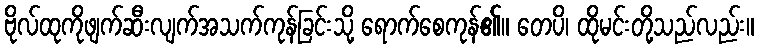
ဗိုလ်ထုကိုဖျက်ဆီးလျက်အသက်ကုန်ခြင်းသို့ ရောက်စေကုန်၏။ တေပိ၊ ထိုမင်းတို့သည်လည်း။